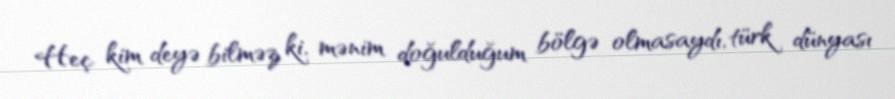
Heç kim deyə bilməz ki, mənim doğulduğum bölgə olmasaydı, türk dünyası